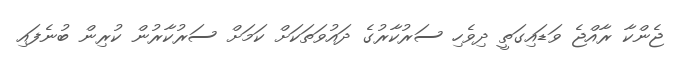
ޖެންކާ ރާއްޖެ ވަޑައިގަތީ ދިވެހި ސަރުކާރުގެ ދައުވަތަކަށް ކަމަށް ސަރުކާރުން ކުރިން ބުނެފައި